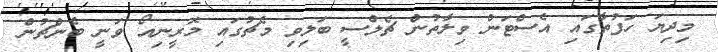
މިދިޔަ ހަފުތާގައި އެސްޓަން ވިލާތުން ޗެލްސީ ބަލިވި މެޗުގައި މޮރީނިއޯ ވަނީ ބެންޗުން